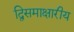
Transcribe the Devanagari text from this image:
द्विसमाक्षारीय